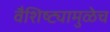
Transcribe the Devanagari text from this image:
वैशिष्ट्यामुळेच